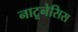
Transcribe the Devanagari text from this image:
नाटूनेसिस